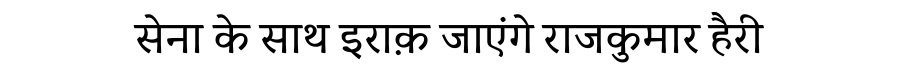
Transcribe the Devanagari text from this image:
सेना के साथ इराक़ जाएंगे राजकुमार हैरी